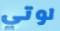
لوتي